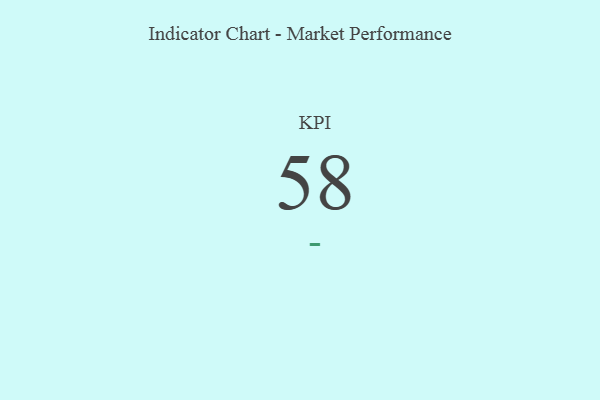
{"axis": {"x": "KPI", "y": "Value"}, "legend": [""], "data": [{"x": "KPI", "y": 58, "type": ""}]}